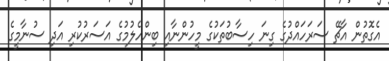
އެގޮތުން އާޗޭ ސަރަހައްދުގެ ގިނަ ހިސާބުތަކުގެ މީހުންނާއި ބިންހެލުމުގެ އަސަރުކުރި އަދި ސުނާމީގެ